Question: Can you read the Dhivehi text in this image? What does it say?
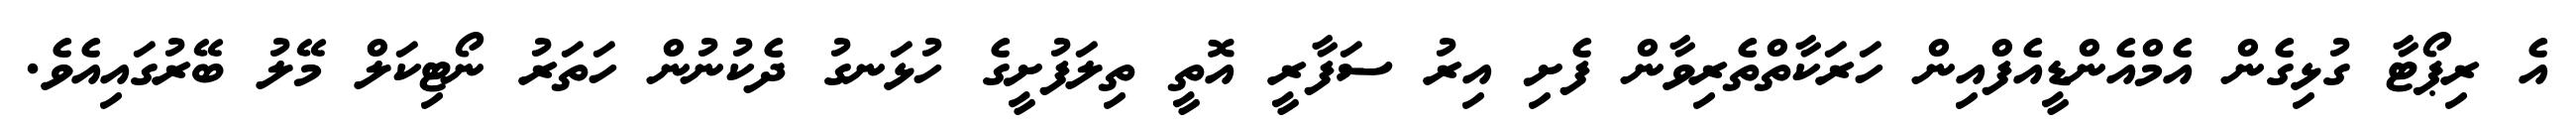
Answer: އެ ރިޕޯޓާ ގުޅިގެން އެމްއެންޑީއެފްއިން ހަރަކާތްތެރިވާން ފެށި އިރު ސަފާރީ އޮތީ ތިލަފުށީގެ ހުޅަނގު ދެކުނުން ހަތަރު ނޯޓިކަލް މޭލު ބޭރުގައިއެވެ.